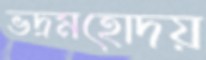
ভদ্রমহোদয়